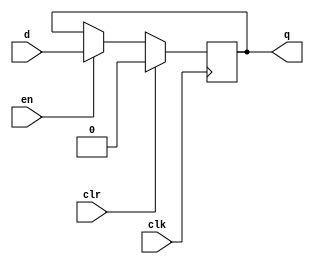
// Modulo registro, copia la entrada a la salida de acuerdo al reset y enable
module register #(parameter N = 1)(input clk, clr, en,
                                   input [N-1:0] d,
                                   output reg [N-1:0] q
    );

// solo si esta habilitado (en) puede cambiar el registro, con reset (clr) se resetea
  always @(posedge clk)
begin
  if(clr)
  q <= 0;
  
  else if (en)
  q <= d;
  
  else
  q <= q;
  
end 


endmodule